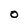
Character: O